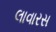
લાવારસ